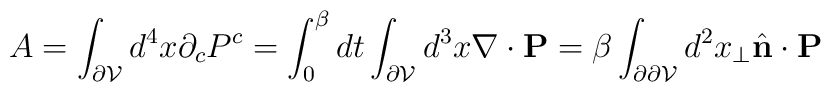
A  = \int_{\partial {\cal V}} d^4 x \partial_c P^c = \int_0^\beta dt \int_{\partial {\cal V}} d^3 x     \nabla \cdot {\bf P} = \beta \int_{\partial\partial {\cal V}} d^2 x_\perp \hat{\bf n}\cdot {\bf P}